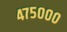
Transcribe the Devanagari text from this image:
४७५०००